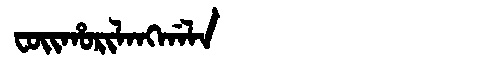
Manchu: ᠸᠣᡳᡥᠣᡵᡳᠯᠠᠩᡤᠠᠯᠠ
Romanization: FOIHORILANGGALA